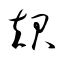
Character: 叝